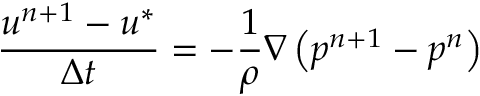
\frac { \boldsymbol { u } ^ { n + 1 } - \boldsymbol { u } ^ { * } } { \Delta t } = - \frac { 1 } { \rho } \nabla \left( p ^ { n + 1 } - p ^ { n } \right)